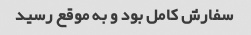
سفارش کامل بود و به موقع رسید